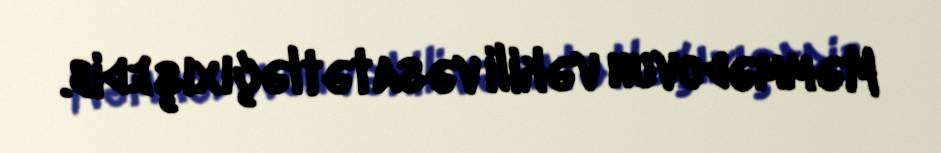
Məmmədovun vəkili vəsatətləçıxışedib.